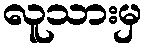
လူသားမှ